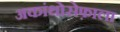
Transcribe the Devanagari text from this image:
अकांथोसेफ़ाला